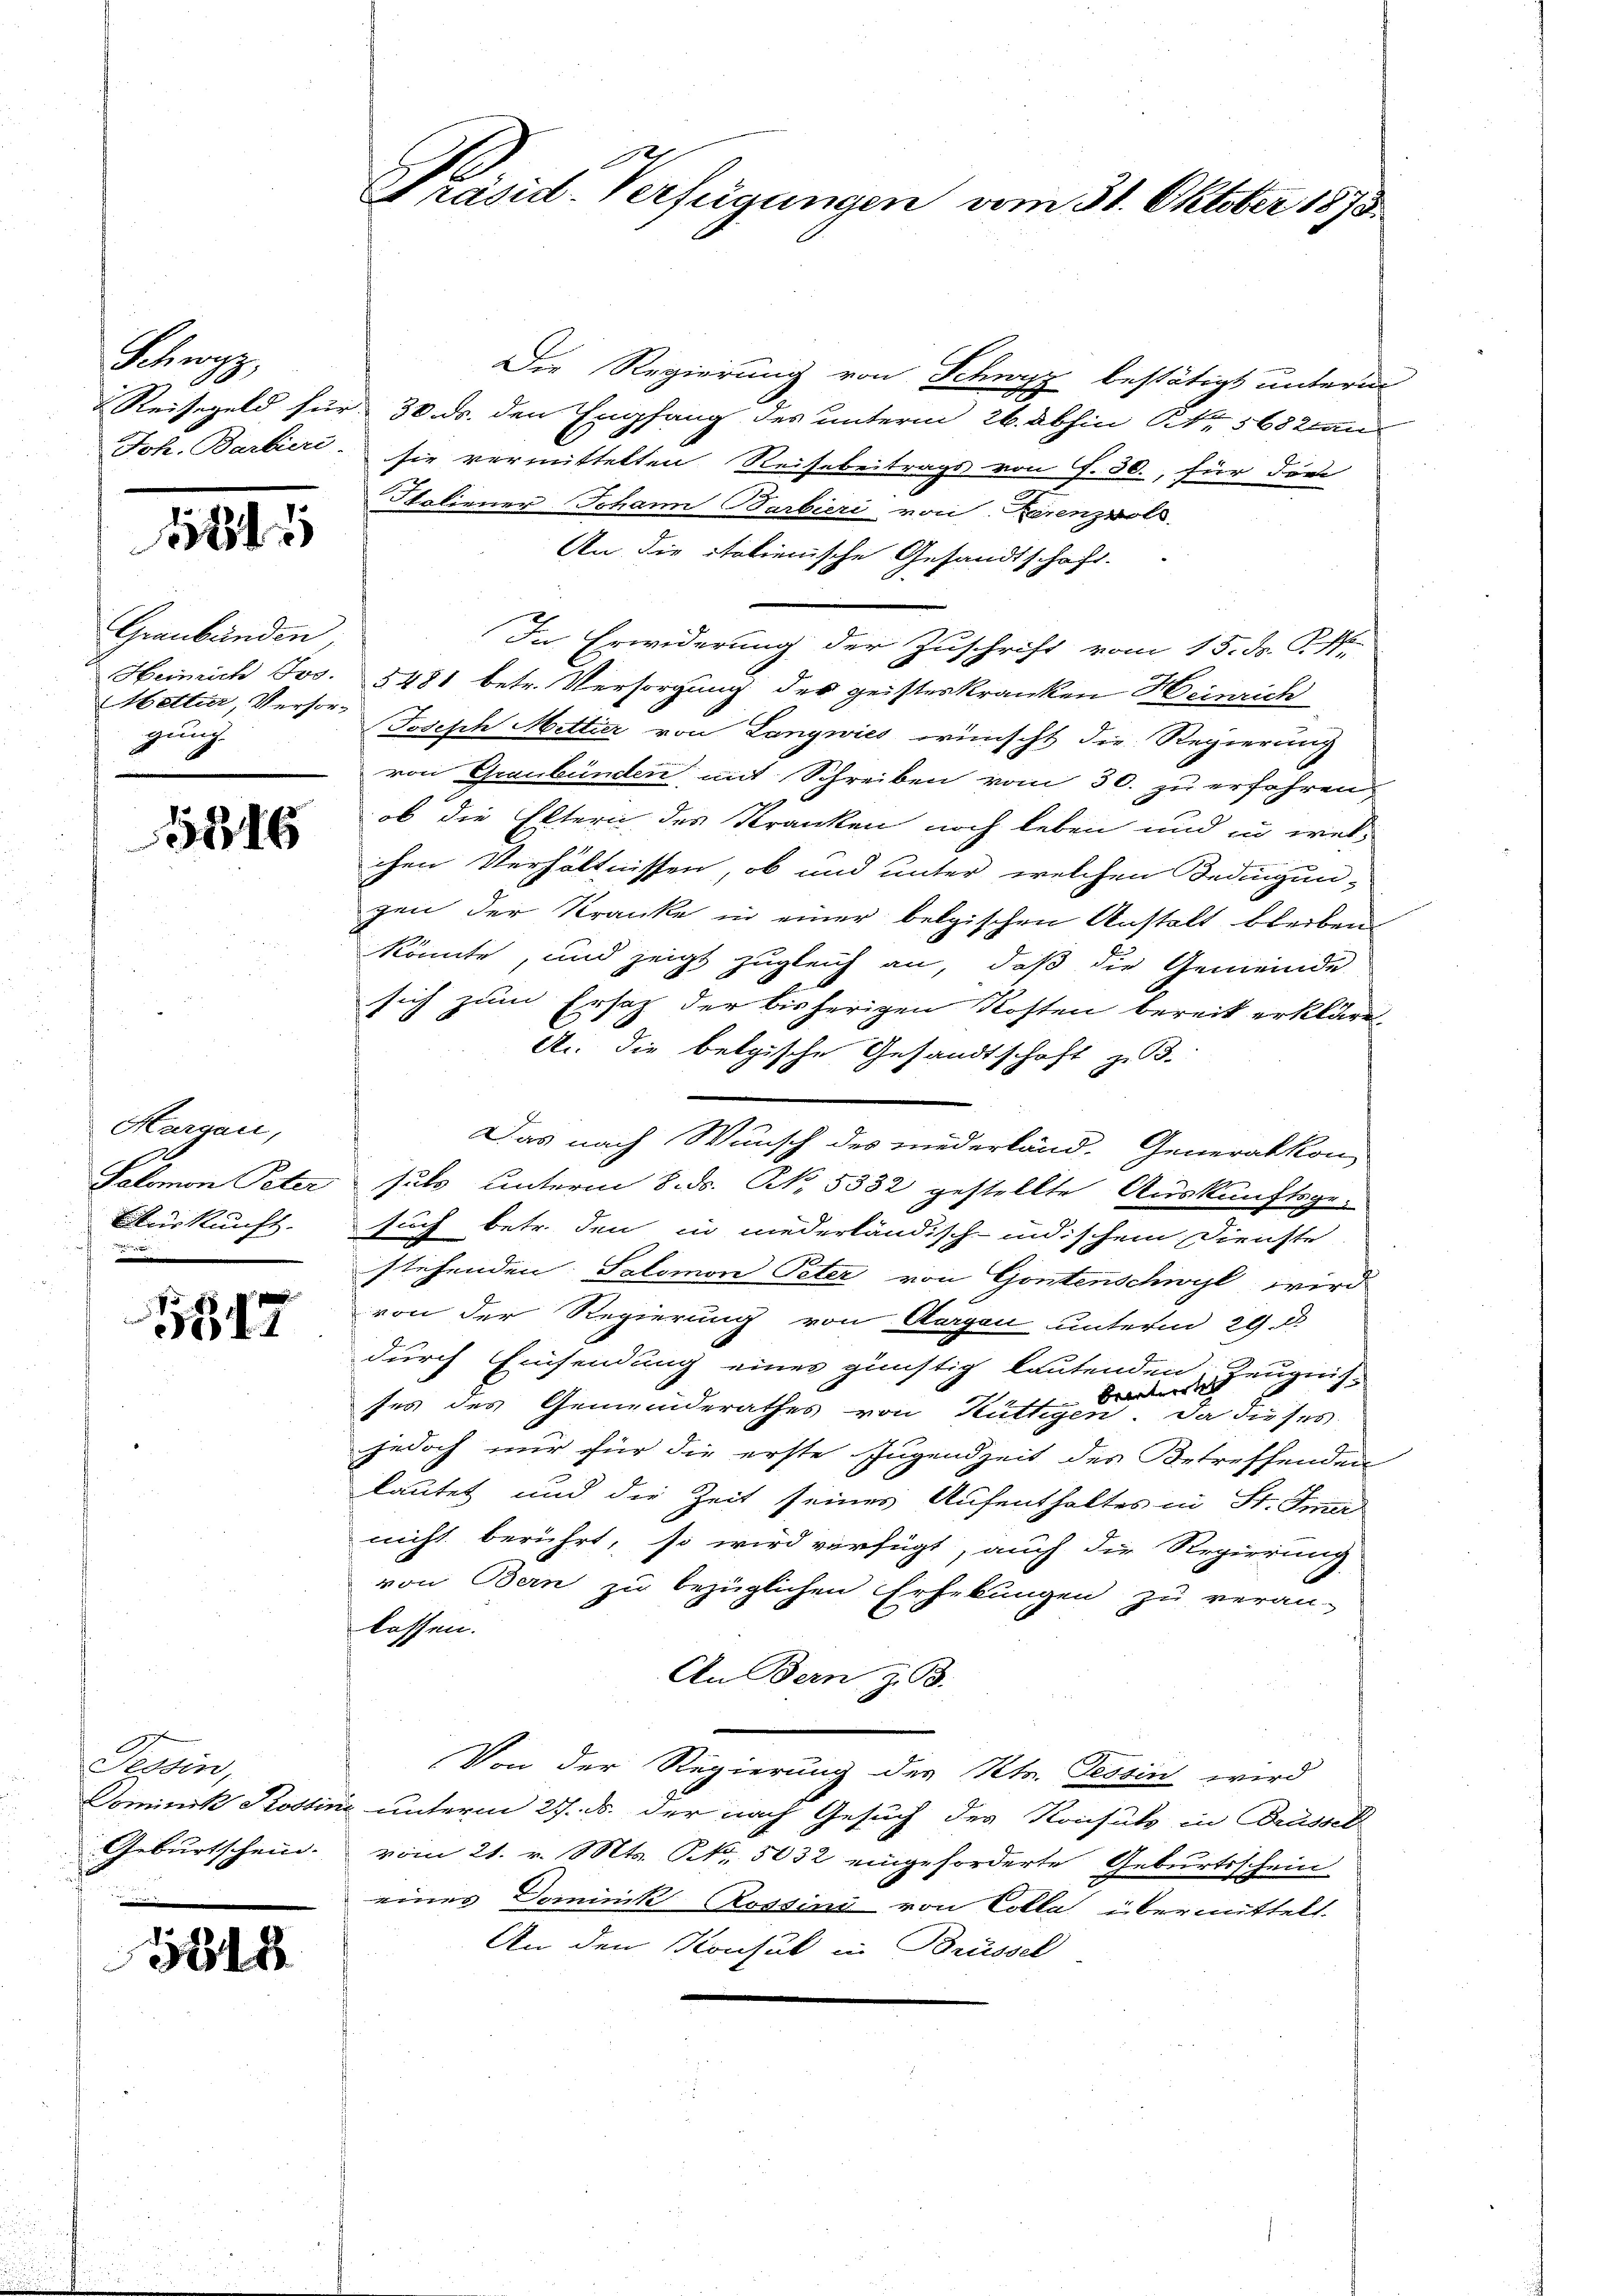
Schwyz,

1841

Graubünden,
Heinrich Jos.
Mettier, Versorgung

1846

Hargau,
E
Salomon Peter
Auskunft.

517

.
Tessin,
Cominik Stobbis
Geburtschein.
u

3815

Präsid. Verfügungen vom 31. Oktober 1873.

Die Regierung von Schwyz bestätigt unterm
2 Reisegeld für 30. ds. den Empfang des unterm 26. abhin Nr. 5682 an
Joh. Barbieri sie vermittelten Reisebeitrags von f. 30., für die
Soliener Johann Barbieri von Zerenzvoll
An die italienische Gesandtschaft.
In Erwiderung der Zuschrift vom 15. ds. P. P.
5481 betr. Versorgung des geisteskranken Heinrich
Joseph Mettier von Langwies wünscht die Regierung
von Graubünden mit Schreiben vom 30. zu erfahren.
ob die Eltern des Kranken noch leben und in welchen Verhältnissen, ob und unter welchen Bedingun-
gen der Kranke in einer belgischen Anstalt bleiben
könnte, und zeigt zugleich an, daß die Gemeinde
i
sich zum Ersatz der bisherigen Kosten bereit erkläre
A. die belgische Gesandtschaft z. B.
Das nach Wunsch des niederländ. Generalkon
suls unterm 8. ds. N. 5332 gestellte Auskunftsge-
such betr. den in niederländisch-indischem Dienste
stehenden Salomon Peter von Gontenschwyl wird
von der Regierung von Aargau unterm 29. D.
durch Einsendung einer günstig lautenden Zeugnis-
Brantwortes
e
ses des Gemeinderathes von Hüttigen. Da dieses
jedoch nur für die erste Jugendzeit des Betreffenden
lautet und die Zeit seines Aufenthaltes in St. Gar
nicht berührt, so wird verfügt, auch die Regierung
von Bern zu bezüglichen Erhebungen zu veran-
lassen.
An Bern z. B.
Von der Regierung des Kts. Tessin wird
 unterm 27. ds. der nach Gesuch des Konsuls in Brüssel
vom 21. v. Mts. Nr. 5032 eingeforderte Geburtsschein
einer Dominik Rossini von Colla übermittelt.
An den Konsul in Brüssel